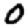
Digit: 0